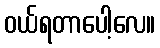
ဝယ်ရတာပေါ့လေ။